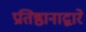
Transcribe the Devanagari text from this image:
प्रतिष्ठानाद्वारे